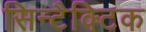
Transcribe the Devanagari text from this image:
सिन्टैक्टिक